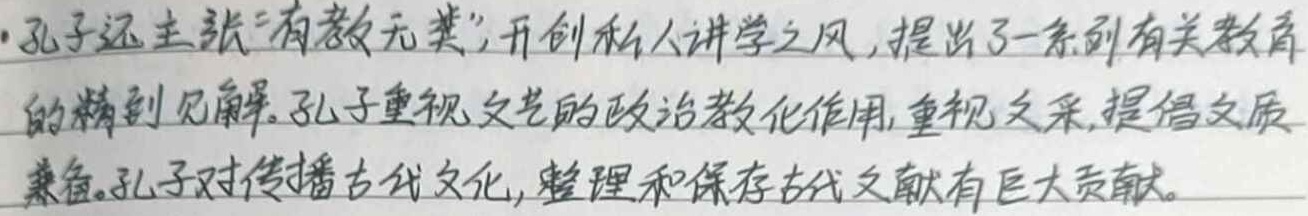
孔子还主张“有教无类”，开创私人讲学之风，提出了一系列有关教育的精到见解。孔子重视文艺的政治教化作用，重视文采，提倡文质兼备。孔子对传播古代文化，整理和保存古代文献有巨大贡献。